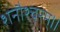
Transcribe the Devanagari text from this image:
शनौश्चरम्।।